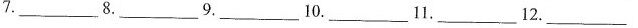
7.___ 8.___ 9.___ 10.___ 11.___ 12.___